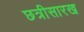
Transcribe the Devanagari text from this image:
छत्रीसारख